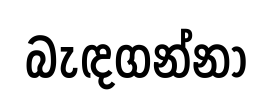
බැඳගන්නා